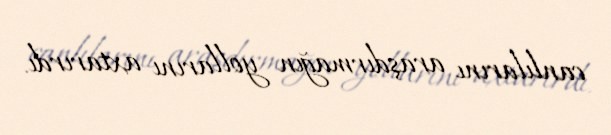
canlılarını araşdırmağın yollarını axtarırdı.